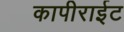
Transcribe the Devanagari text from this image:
कापीराईट